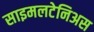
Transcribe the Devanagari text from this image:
साइमलटेनिअस